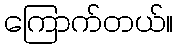
ကြောက်တယ်။